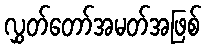
လွှတ်တော်အမတ်အဖြစ်